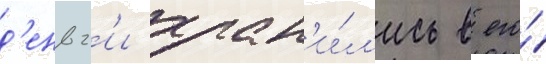
д'еньг'и хран'и́л'ись в его́